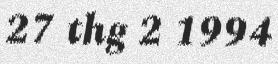
27 thg 2 1994